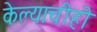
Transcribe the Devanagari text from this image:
केल्याचीही